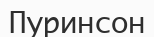
Пуринсон